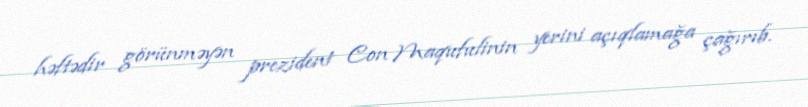
həftədir görünməyən prezident Con Maqufulinin yerini açıqlamağa çağırıb.